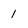
Character: 1